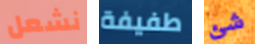
نشعل طفيفة شئ